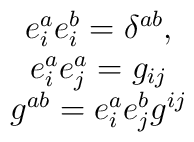
\begin{array}{c}e_i^ae_i^b=\delta ^{ab}, \\ e_i^ae_j^a=g_{ij} \\ g^{ab}=e_i^ae_j^bg^{ij} \end{array}